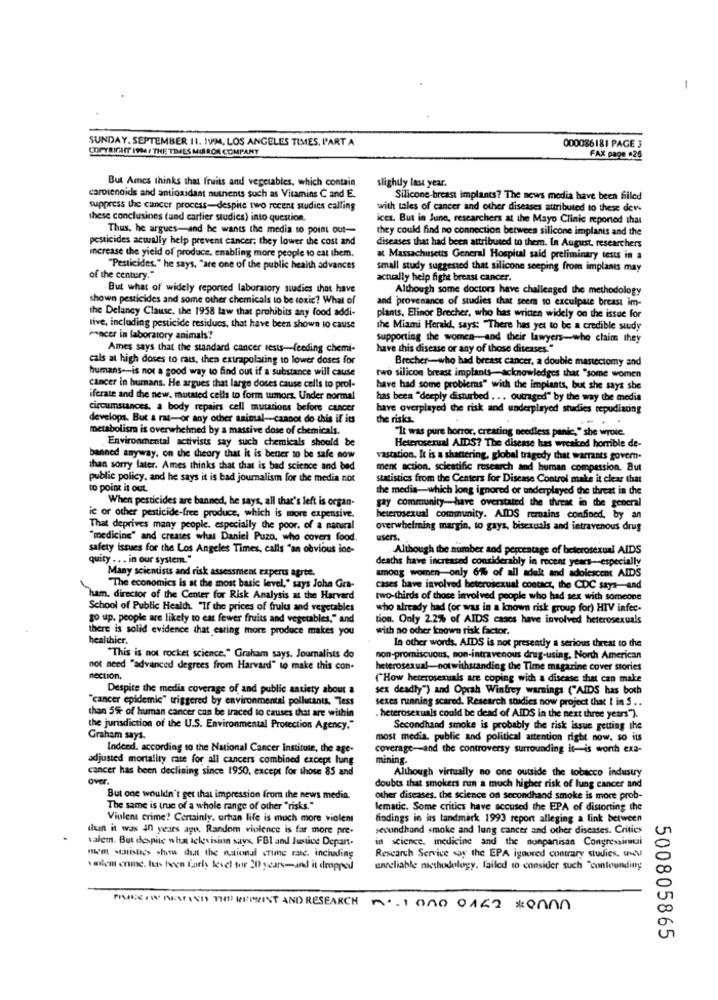
-
SUNDAY. SEPTEMBER 11. IVIM, LOS ANGELES TIMES, PART A
COPYRIGHT 1904/ THE TIMES MIRROR COMPANY
000086181 PAGE 3
FAX page .26
But Ames thinks that fruits and vegetables, which contain
slightly last year.
carotenoids and antioxidant nutrients such as Vitamins C and E.
Silicone-breast implants? The news media have been filled
suppress the cancer process-despite two recent studies calling
with tales of cancer and other diseases attributed to these der
these conclusions (and cartier studies) into question.
ices. But in June, researchers at the Mayo Clinic meponed that
Thus, he argues-and he wants the media to point out-
they could find no connection between silicone implants and the
pesticides acwally help prevent cancer; they lower the cost and
diseases that had been attributed to them. In August, researchers
increase the yield of produce, enabling more people to eat them.
at Massachusetts General Hospital said prefiminary tests in a
"Pesticides," he says, "are one of the public health advances
small study suggested that silicone seeping from implants may
of the century."
actually help fight breast cancer.
-But what of widely reported laboratory studies that have
Although some doctors have challenged the methodology
shown pesticides and some other chemicals to be toxic? What of
and provenance of studies that seem to exculpate breast im-
the Delaney Clause, the 1958 law that prohibits any food addi-
plants, Elinor Brecher, who has written widely on the issue for
live, including pesticide residues, that have been shown to cause
the Miami Herald, says: "There has yet to be a credible study
Pancer in laboratory animals?
supporting the women-and their lawyers-who claim they
Ames says that the standard cancer sests-feeding chemi-
have this disease or any of those diseases."
cals at high doses to rats, then extrapolating to lower doses for
Brecher-who had breast cancer, a double mastectomy and
humans-is not a good way to find out if a substance will cause
two silicon breast implants-acknowledges that "some women
cancer in humans. He argues that large doses cause cells to prol-
have had some problemas" with the implants, but she says she
iferate and the new, mutated cells to form tumors. Under normal
has been "deeply disturbed ... outraged" by the way the media
circumstances, a body repairs cell mutations before cancer
have overplayed the risk and underplayed studies repudiating
develops. But & rat-or any other animal-cannot do this if its
the risks.
metabolism is overwhelmed by a massive dose of chemicals.
"It was pure horror, creating needless panic," she wrote.
Environmental activists say such chemicals should be
Heterosexual AIDS? The disease has wreaked horrible de-
banned anyway, on the theory that it is better to be safe now
vastation. It is a shantering, global tragedy that warrants govern.
than sorry later. Ames thinks that that is bad science and bed
merkt action, scientific research and human compassion. But
public policy. and he says it is bad journalism for the media not
statistics from the Centers for Disease Control make it clear that
to point it out.
the media-which long ignored or underplayed the threat in the
When pesticides are banned, he says, all that's left is organ-
gay community have overstated the threat in the general
ie or other pesticide-free produce, which is more expensive.
heterosexual community. AIDS remains confined, by an
That deprives many people, especially the poor. of a natural
overwhelming margin, to gays, bisexuals and intravenous drug
"medicine" and creates what Daniel Puzo, who covers food
users.
safety issues for the Los Angeles Times, calls "an obvious ine-
Although the number and percentage of belerosexual AIDS
quity ... in our system."
deaths have increased considerably in recent years --- especially
among women-only 6% of all adalt and adolescent AIDS
Many scientists and risk assessment experts agree.
"The economics is at the most basic level," says Joha Gra-
cases have involved heterosexual contact, the CDC says-and
ham, director of the Center for Risk Analysis at the Harvard
two-thirds of those involved people who had sex with someone
School of Public Health. "If the prices of fruit and vegetables
who already had (or was in a known risk group for) HIV infec-
go up. people are likely to eat fewer fruits and vegetables," and
tion. Only 2.2% of AIDS cases have involved heterosexuals
there is solid evidence that eating more produce makes you
with no ocher known risk factor.
healthier.
In other words. AIDS is not presently a serious threat to the
"This is not rocket science," Graham says. Journalists do
non-promiscuous, non-intravenous drug-using. North American
not need "advanced degrees from Harvard" to make this con-
heterosexual-notwithstanding the Time magazine cover stories
nection,
(How heterosexuals are coping with a disease that can make
Despite the media coverage of and public satiety about a
sex deadly") and Oprah Winfrey warnings ("AIDS has both
"cancer epidemic" triggered by environmental pollutants. "Tess
sexes running scared. Research studies now project that I in 5 ..
than 5% of human cancer can be traced to causes that are within
. heterosexuals could be dead of AIDS in the next three years").
the jurisdiction of the U.S. Environmental Protection Agency."
Secondhand smoke is probably the risk issue getting the
Graham says.
most media, public and political attention right now, so its
Indeed, according to the National Cancer Institute, the age-
coverage-and the controversy surrounding it-is worth exa-
adjusted mortality rate for all cancers combined except lung
mining.
cancer has been declining since 1950, except for those 85 and
Although virtually no one outside the tobacco industry
over.
doubts that smokers run a much higher risk of lung cancer and
But one wouldn't get that impression from the news media.
other diseases, the science on secondhand smoke is more prob-
The same is true of a whole range of other "risks."
lematic. Some critics have accused the EPA of distorting the
Violent crime! Certainly, erhan life is much more violent
findings in ins landmark 1993 report alleging a link between
dun it was in years ago. Random violence is far more pre-
sevundhand smoke and lung cancer and other diseases. Critics
valem. But despite what televisiun says. FBI and Justice Depart-
in science. medicine and the nonpanisan Congressiencsi
mm -maistics -hou dut the national crime rase, including
Research Service say the EPA ignored contrary studies, wy
wilem crise, has been fars level for 20 years-anal it dropped
unreliable nicshodology, failed to consider such "confounding
PIUME IN DEWASTHEREPRIST AND RESEARCH .. 1000 0162
500805865